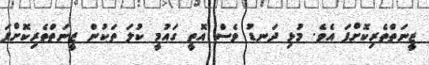
ޒީނަތްތެރިކޮށްފަ އެވެ. މުޅި ދަނޑު ވެސް އޮތީ ގައުމީ ކުލަ ތަކުން ޒީނަތްތެރިކޮށްފަ